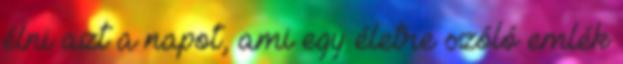
élni azt a napot, ami egy életre szóló emlék